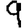
Digit: 9